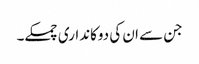
جن سے ان کی دوکانداری چمکے۔